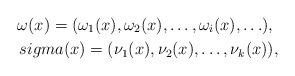
LaTeX: \begin{align*} \omega(x)=(\omega_1(x),\omega_2(x),\ldots , \omega_i(x), \ldots),\ \\sigma(x) = (\nu_1(x),\nu_2(x),\ldots ,\nu_k(x)),\end{align*}